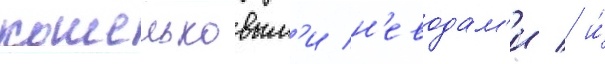
кошельковым'и н'еводам'и / и́